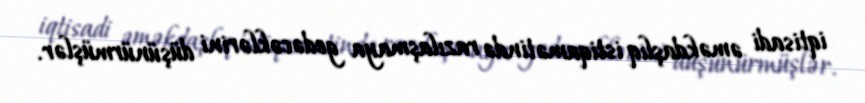
iqtisadi əməkdaşlıq istiqamətində razılaşmaya gedəcəklərini düşünürmüşlər.